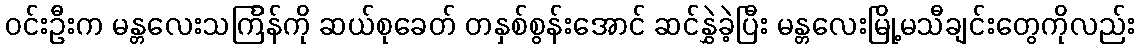
ဝင်းဦးက မန္တလေးသင်္ကြန်ကို ဆယ်စုခေတ် တနှစ်စွန်းအောင် ဆင်နွှဲခဲ့ပြီး မန္တလေးမြို့မသီချင်းတွေကိုလည်း